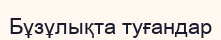
Бұзұлықта туғандар